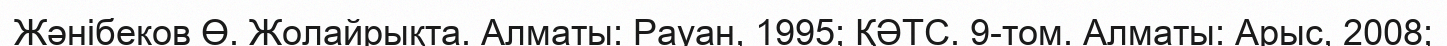
Жәнібеков Ө. Жолайрықта. Алматы: Рауан, 1995; ҚӘТС. 9-том. Алматы: Арыс, 2008;